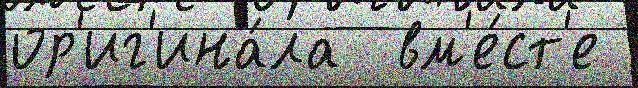
ор'иг'ина́ла  вм'е́ст'е